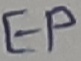
Text: EP